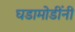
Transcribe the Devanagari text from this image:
घडामोडींनी